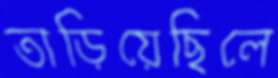
তাড়িয়েছিলে